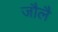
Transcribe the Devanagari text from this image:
जौलै